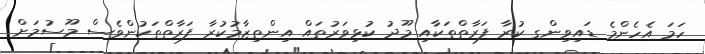
ހަމަ އެހެންމެ ޑައިވިންގ ކުރާ ފަރާތްތަކާއި މޫދު ކުޅިވަރުތައް އިންތިޒާމުކުރާ ފަރާތްތަކުންވެސް މޫސުމަށް